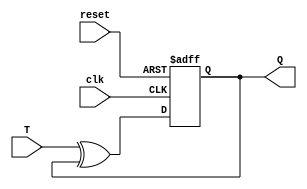
module TFF (
    input wire T,
    input wire clk,
    input wire reset,
    output reg Q
);

wire D;
assign D = T ^ Q;

always @(posedge clk or negedge reset)
begin
    if (!reset)
        Q <= 1'b0;
    else
        Q <= D;
end

endmodule